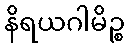
နိရယဂါမိဉ္စ